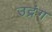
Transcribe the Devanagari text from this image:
उद्रंग